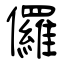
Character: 儸